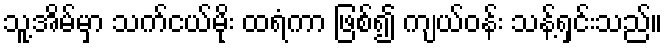
သူ့အိမ်မှာ သက်ငယ်မိုး ထရံကာ ဖြစ်၍ ကျယ်ဝန်း သန့်ရှင်းသည်။